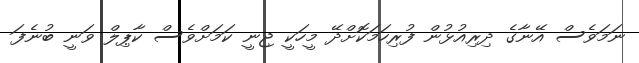
ނަމަވެސް އޭނާގެ ދިރިއުޅުން ފުރިހަމަކޮށްދޭ މީހަކީ ޖިނީ ކަމަށްވެސް ކާޕިލް ވަނީ ބުނެފަ